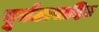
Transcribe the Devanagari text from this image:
पूर्नउत्पादित